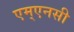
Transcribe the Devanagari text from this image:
एम्एनसी